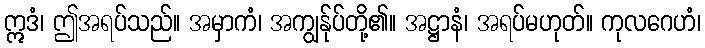
ဣဒံ၊ ဤအရပ်သည်။ အမှာကံ၊ အကျွန်ုပ်တို့၏။ အဋ္ဌာနံ၊ အရပ်မဟုတ်။ ကုလဂေဟံ၊